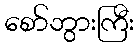
စော်ဘွားကြီး